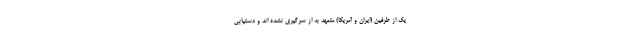
یک از طرفین (ایران و آمریکا) متعهد به از سرگیری نشده اند و دستیابی